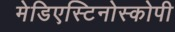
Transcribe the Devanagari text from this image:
मेडिएस्टिनोस्कोपी